system: You are a helpful assistant.
user:
Analyze the provided spectrum to determine if it is a **S-type Star**.

- **Key Indicators for S-type Star:**

    - **(Overall Spectrum Shape):** The first and most obvious characteristic is the overall continuum (the "baseline" shape). It is **extremely "red-sloping,"** meaning the flux (light intensity) is very low on the left side (blue, ~4000-4500 Å) and rises steeply and continuously toward the right side (red, ~7000 Å+).

    - **(Primary):** The spectrum is defined by the presence of strong, broad molecular absorption "valleys" (bands) from **Zirconium Oxide (ZrO)**. The identification of these bands is the **primary requirement** for classifying a star as S-type.
        - **(Key Bandheads):** You must find distinct, deep "dips" where the light has been absorbed. The most critical band systems to locate are:
            - **~6474 Å** ($\gamma$-system): This is often the strongest and clearest ZrO feature, found in the red part of the spectrum.
            - **~5718 Å** & **~5551 Å** ($\beta$-system): A pair of prominent absorption features in the yellow-orange part of the spectrum.
            - **~4640 Å** ($\alpha$-system): A key absorption band system in the blue-green region of the spectrum.

    - **(Secondary Confirmation):** The classification is strengthened by finding additional absorption bands from other related heavy element oxides, which are expected to be present alongside ZrO.
        - **(Key Bandheads):**
            - **Yttrium Oxide (YO):** Look for absorption dips near **~4800 Å** and **~6100 Å**.
            - **Lanthanum Oxide (LaO):** Additional absorption features, particularly in the red-orange part of the spectrum, are also characteristic.

    - **(Line Profile):** The combination of the steep red continuum and these numerous, deep molecular bands (ZrO, YO, etc.) gives the entire spectrum a very **"chopped-up"** or **"bumpy"** appearance. Instead of a smooth curve, the spectrum looks as though large, wide chunks of light have been "carved out" of it at the specific wavelengths listed above.

Think first, call **spectral_visualization_tool** if needed to examine features in detail, then provide your final answer. Your response must adhere to the following strict rules:
1.  **Overall Structure:** Your response must follow the format `<think>...</think> <tool_call>...</tool_call> (if a tool is used) <answer>...</answer>`.
2.  **Tool Usage Constraint:** You may only make **one** tool call per turn.
3.  **Final Answer Format:** In the `<answer>` tag, your conclusion must be inside a `\boxed{}` command (e.g., `\boxed{YES}` or `\boxed{NO}`), followed by your justification.

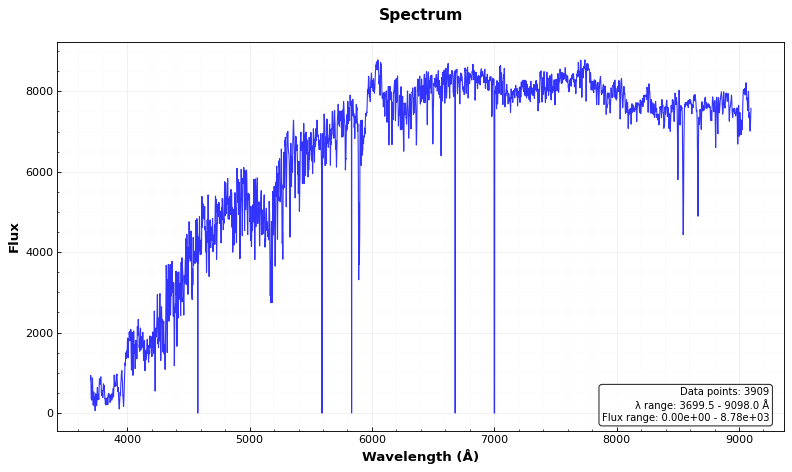
Answer: NO